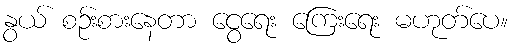
နွယ် စဉ်းစားနေတာ ငွေရေး ကြေးရေး မဟုတ်ပေ။